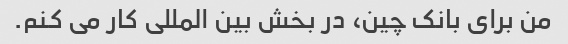
من برای بانک چین، در بخش بین المللی کار می کنم.